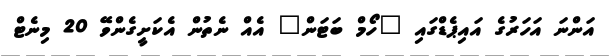
އަންނަ އަހަރުގެ އައިޕެޑްގައި "ހޯމް ބަޓަން" އެއް ނެތުން އެކަށީގެންވޭ 20 މިނެޓް